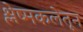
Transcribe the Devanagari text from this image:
श्लेष्मकलेतून